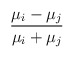
\begin{align*}{\frac{\mu_{i}-\mu_{j}}{\mu_{i}+\mu_{j}}}\end{align*}